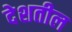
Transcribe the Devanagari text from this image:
देशतील